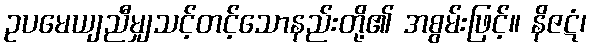
ဥပမေယျညီမျှသင့်တင့်သောနည်းတို့၏ အစွမ်းဖြင့်။ နိဇဋံ၊